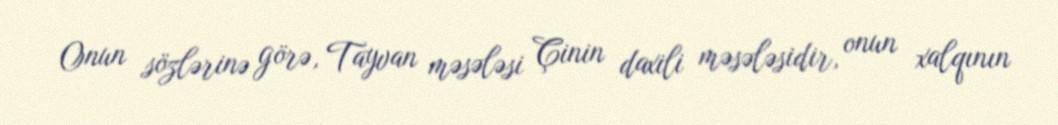
Onun sözlərinə görə, Tayvan məsələsi Çinin daxili məsələsidir, onun xalqının